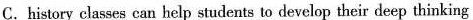
C.history classes can help students to develop their deep thinking